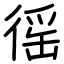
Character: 徭